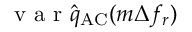
\begin{array} { r l } { ~ } & { { } \mathrm { ~ v ~ a ~ r ~ } \hat { q } _ { \mathrm { A C } } ( m \Delta f _ { r } ) } \end{array}